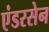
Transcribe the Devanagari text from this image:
एंडरसेन